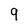
Character: 9